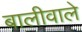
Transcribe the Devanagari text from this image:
बालीवाले